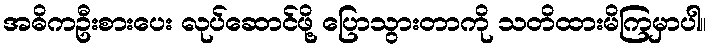
အဓိကဦးစားပေး လုပ်ဆောင်ဖို့ ပြောသွားတာကို သတိထားမိကြမှာပါ။